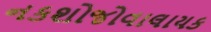
નકશોજોવાલાયક